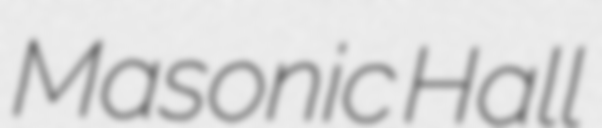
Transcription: Masonic Hall